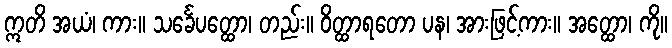
ဣတိ အယံ၊ ကား။ သင်္ခေပတ္ထော၊ တည်း။ ဝိတ္ထာရတော ပန၊ အားဖြင့်ကား။ အတ္ထော၊ ကို။